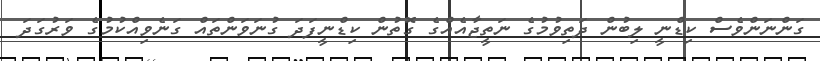
ގަންނަންވެސް ކިޑްނީ ލިބުން ދަތިވުމުގެ ނަތީޖާއެއްގެ ގޮތުން ކިޑްނީފަދަ ގުނަވަންތައް ގަނެވިއްކުމުގެ ވަރުގަދަ